Vaccination report Assam 1896-1927 - 1896-1927
Year: 1896
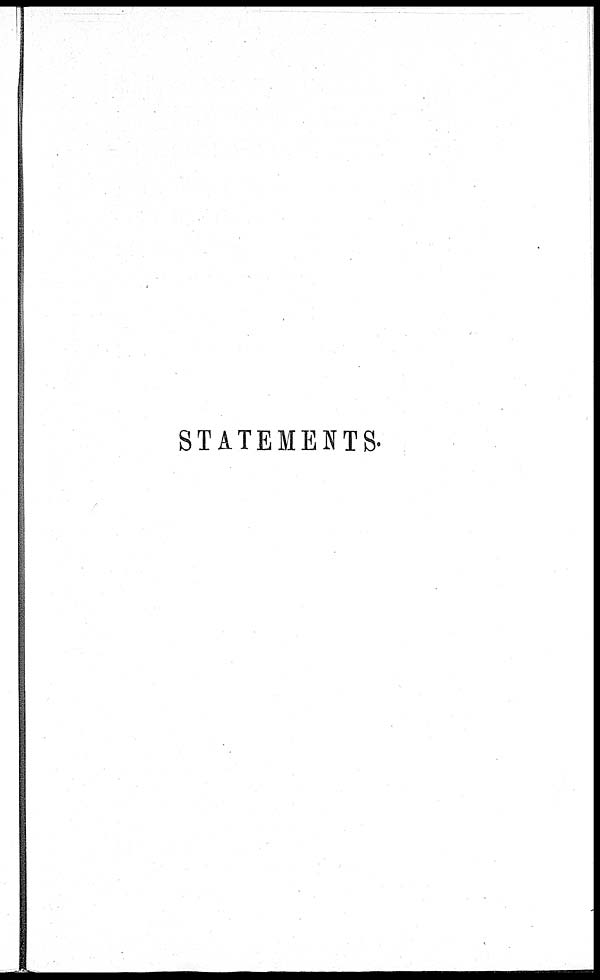
STATEMENTS.